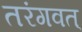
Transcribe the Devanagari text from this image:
तरंगवत्